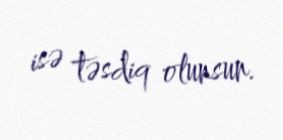
isə təsdiq olunsun.